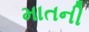
માતની